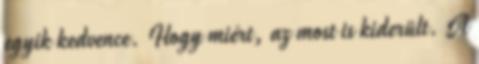
egyik kedvence. Hogy miért, az most is kiderült. A